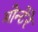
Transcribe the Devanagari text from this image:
मोन्टेरे